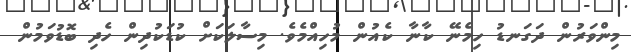
މިންވަރުން ދަގަނޑު ހިމެނޭ ކާނާ ކެއުން މުހިއްމެވެ. މިސާލަކަށް ކުޑަކުދިން ހެދި ބޮޑުވަމުން